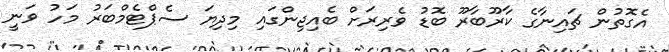
އެގޮތުން ޗައިނާގެ ކާރޫބާރޫ ބޮޑު ވެރިރަށް ބެއިޖިންގައި މިދިޔަ ސެޕްޓެމްބަރު މަހު ވަނީ